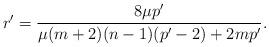
LaTeX: \begin{align*}r'=\frac{8\mu p'}{\mu(m+2)(n-1)(p'-2)+2mp'}.\end{align*}